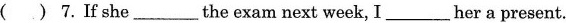
( )7.If she___the exam next week,I___her a present.